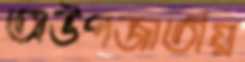
অউপজাতীয়